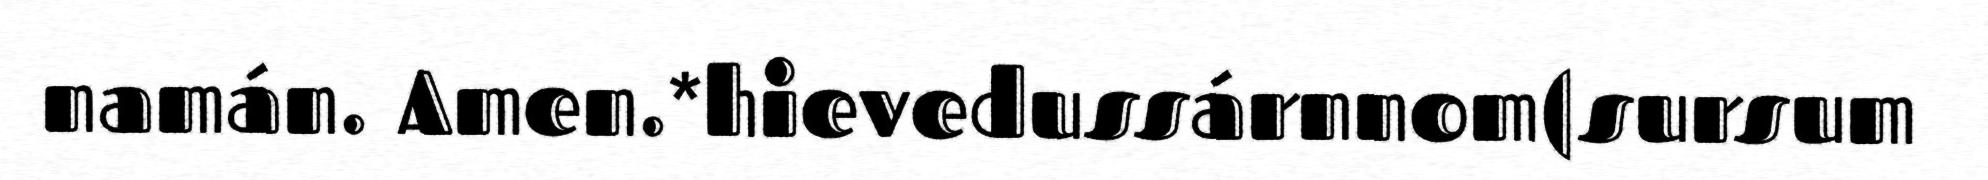
namán. Amen.*hievedussárnnom(sursum